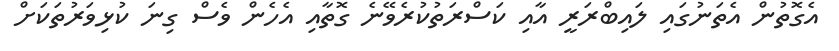
އެގޮތުން އެތަނުގައި ލައިބްރަރީ އާއި ކަސްރަތުކުރެވޭނެ ގޮތާއި އެހެން ވެސް ގިނަ ކުޅިވަރުތަކަށް